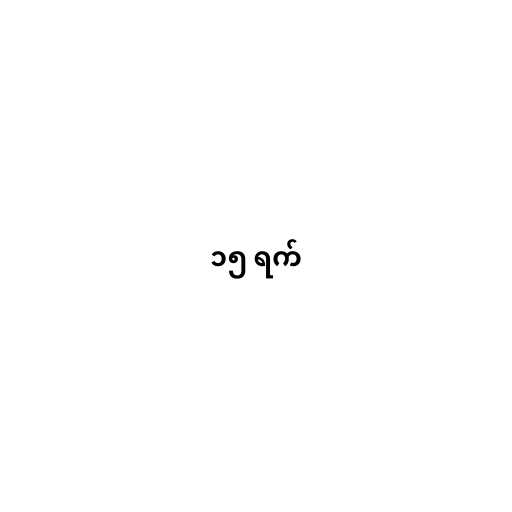
၁၅ ရက်